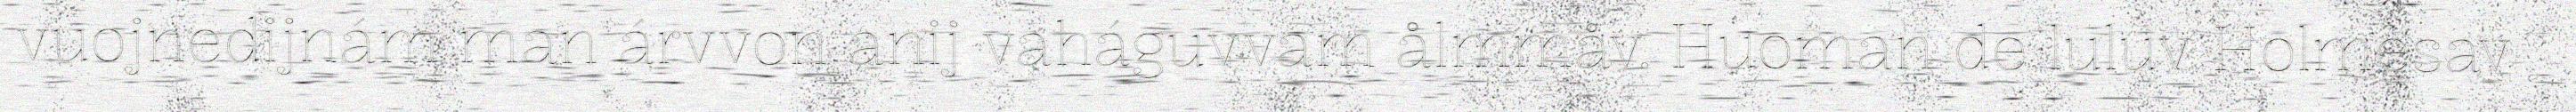
vuojnedijnám man árvvon anij vaháguvvam ålmmåv. Huoman de luluv Holmesav